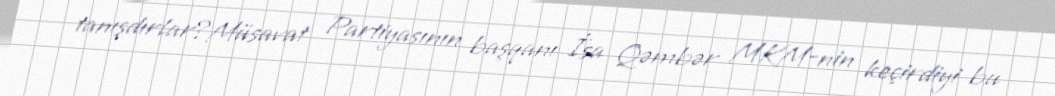
tanışdırlar?Müsavat Partiyasının başqanı İsa Qəmbər MKM-nin keçirdiyi bu